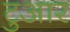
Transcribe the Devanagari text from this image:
टुआर